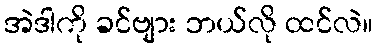
အဲဒါကို ခင်ဗျား ဘယ်လို ထင်လဲ။